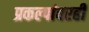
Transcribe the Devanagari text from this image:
प्रकल्पांवरही